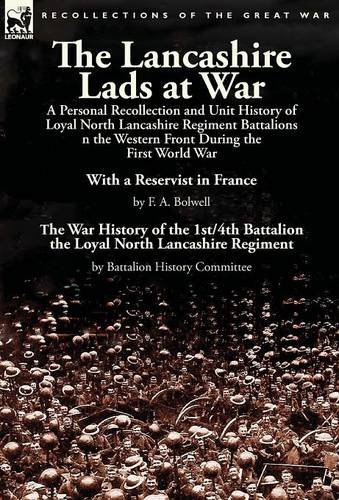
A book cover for The Lancashire Lads at War: a Personal Recollection and Unit History of Loyal North Lancashire Regiment Battalions on the Western Front During the ... War History of the 1st/4th Battalion the L; F. A. Bolwell; History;